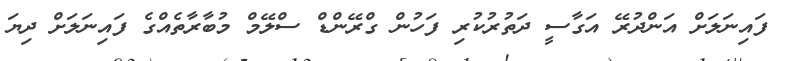
ފައިނަލަށް އަންދުރޭ އަގާސީ ދަތުރުކުރި ފަހުން ގްރޭންޑް ސްލޭމް މުބާރާތެއްގެ ފައިނަލަށް ދިޔަ